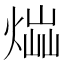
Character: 𤋫